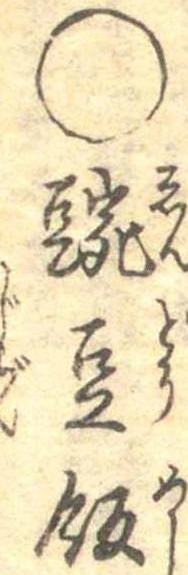
○豌豆飯